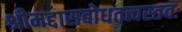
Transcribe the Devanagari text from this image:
श्रीमद्दासबोधतत्त्वस्तवः